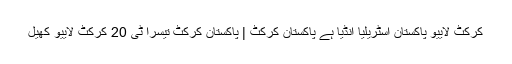
کرکٹ لايیو پاکستان اسٹریلیا انڈیا ہے پاکستان کرکٹ | پاکستان کرکٹ تیسرا ٹی 20 کرکٹ لايیو کھیل